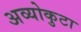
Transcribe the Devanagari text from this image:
अव्योकुटा